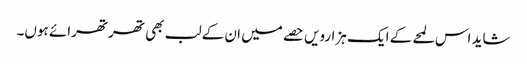
شاید اس لمحے کے ایک ہزارویں حصے میں ان کے لب بھی تھرتھرائے ہوں۔